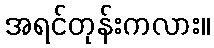
အရင်တုန်းကလား။